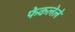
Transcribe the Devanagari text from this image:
फेकलेले